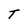
Character: T